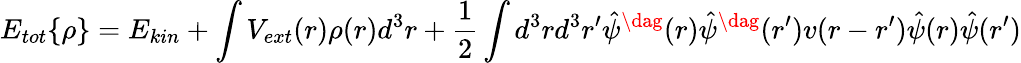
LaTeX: E_{tot}\{ \rho\} =E_{kin}+\int V_{ext}(r)\rho(r)d^{3}r+\frac 12\int d^{3}rd^{3}r^{\prime}\hat{\psi}^{\dag}(r)\hat{\psi}^{\dag}(r^{\prime})v(r-r^{\prime})\hat{\psi}(r)\hat{\psi}(r^{\prime})